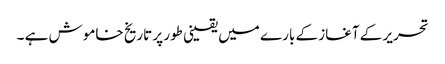
تحریر کے آغاز کے بارے میں یقینی طور پر تاریخ خاموش ہے ۔